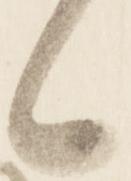
々